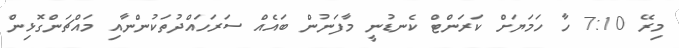
މިރޭ 7:10 ހާ ހަމަޔަށް ކަރަންޓް ކެނޑުނީ މާފަނުން ބައެއް ސަރަހައްދުތަކުންނާއި މައްޗަންގޮޅިން